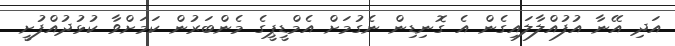
އަދި އޭނާ އުފުއްލާލައިގެން އެ ގޮނިޑިން ނެގުމަށް އެމްޑީޕީގެ މެންބަރުން ކަމަށްވާ ކުޅުދުއްފުށީ